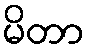
မိတာ